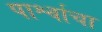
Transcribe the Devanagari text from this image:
पार्श्वाचा